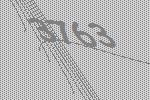
3763